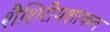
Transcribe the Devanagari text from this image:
शैशिरीयशाकल